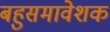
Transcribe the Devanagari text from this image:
बहुसमावेशक